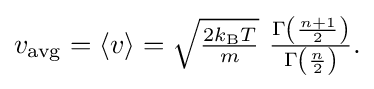
{\textstyle v_{\mathrm {avg} }=\langle v\rangle ={\sqrt {\frac {2k_{\text{B}}T}{m}}}\ {\frac {\Gamma \left({\frac {n+1}{2}}\right)}{\Gamma \left({\frac {n}{2}}\right)}}.}